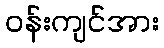
ဝန်းကျင်အား